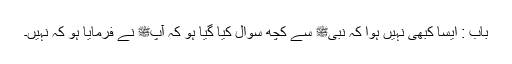
باب : ایسا کبھی نہیں ہوا کہ نبیﷺ سے کچھ سوال کیا گیا ہو کہ آپﷺ نے فرمایا ہو کہ نہیں۔